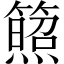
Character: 𥵕